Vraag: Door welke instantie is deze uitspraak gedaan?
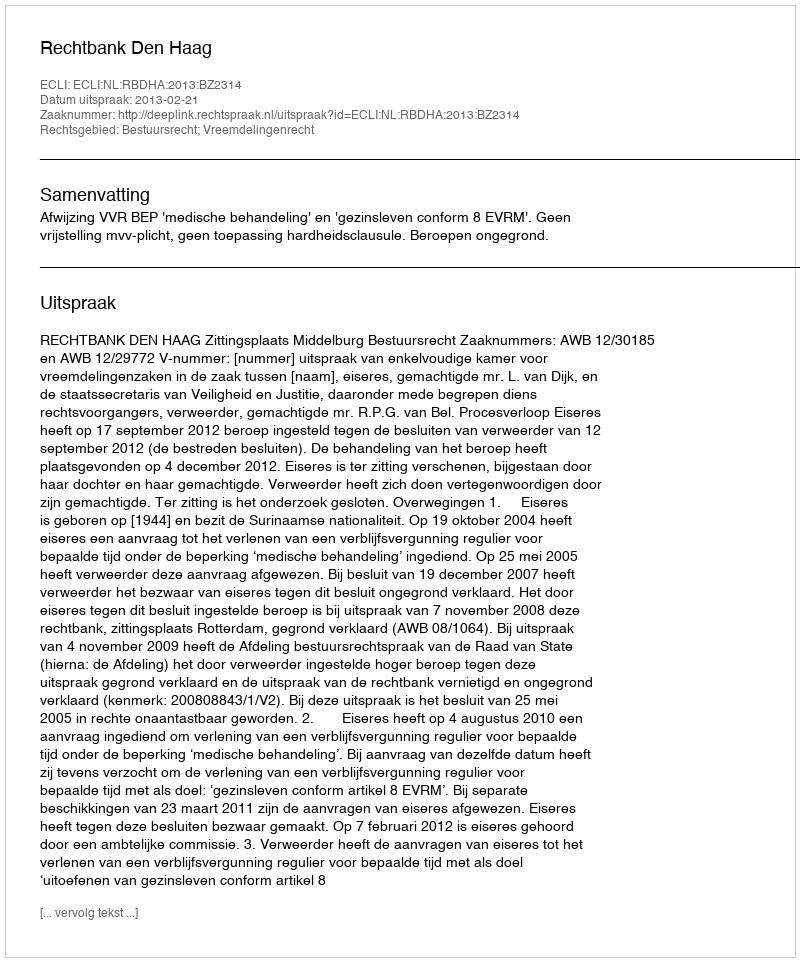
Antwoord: Rechtbank Den Haag